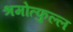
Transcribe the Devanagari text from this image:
श्रमोत्फुल्ल